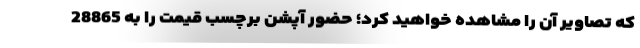
که تصاویر آن را مشاهده خواهید کرد؛ حضور آپشن برچسب قیمت را به 28865